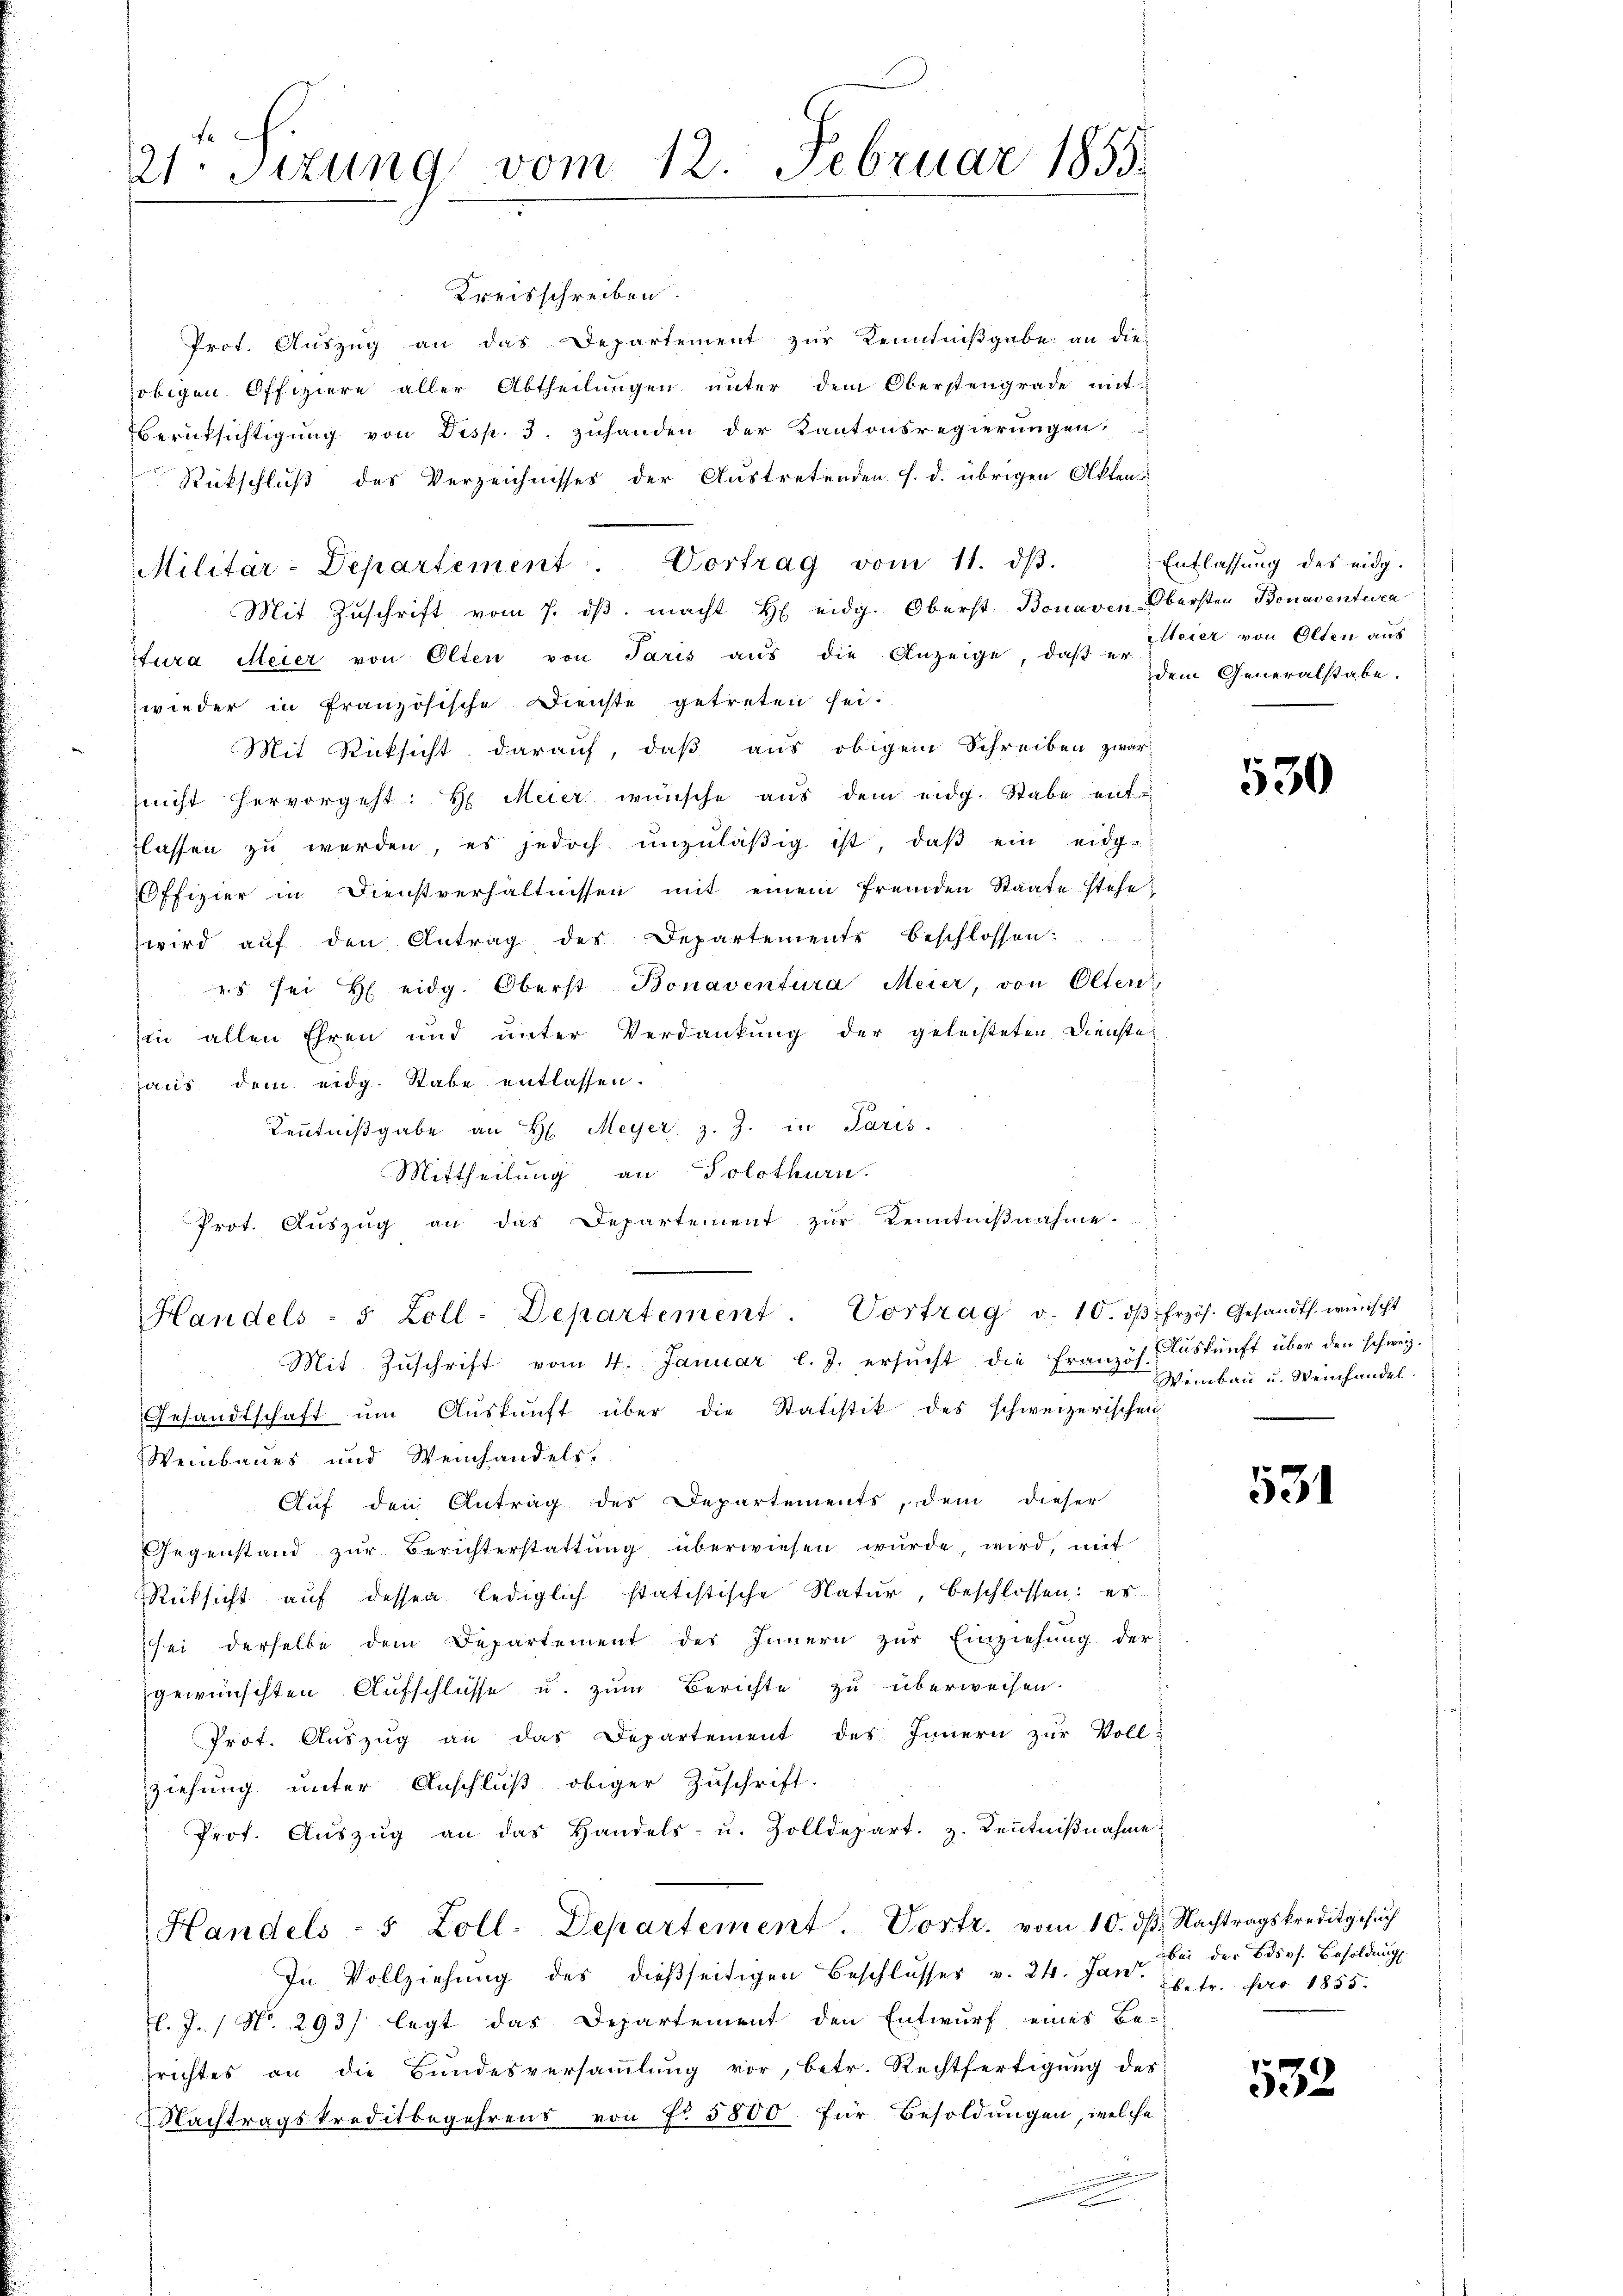
2tr. Sizung vom 12. Februar 1855.

Kreisschreiben.
Prot. Auszug an das Departement zur Kenntnißgabe an die-
obigen Offiziere aller Abtheilungen unter dem Oberstengrade mit
Berüksichtigung von Disp. 3. zuhanden der Kantonsregierungen.
Rückschluß des Verzeichnisses der Austretenden s. d. übrigen Akten
Mit Zŭschrift vom 7. dβ macht H eidg. Oberst Bonaven Obersten Bonaventura
Itura Meier von Olten von Paris aus die Anzeige, daß er dem Generalstabe.
wieder in französische Dienste getreten sei.
Mit Rücksicht darauf, daß aus obigem Schreiben zwar
nicht hervorgeht: H. Meier wünsche aus dem eidg. Stabe entlassen zŭ werden, es jedoch ŭnzŭläβig ist, daβ ein eidg-
Offizier in Dienstverhältnissen mit einem fremden Staate stehe,
wird aŭf den Antrag des Departements beschlossen:
es sei H eidg. Oberst-Bonaventura Meier, von Oltere
in allen Ehren und unter Verdankung der geleisteten Dienste-
haus dem eidg. Rabe entlassen.
Kenntniβgabe an H. Meyer z. Z. in Paris.
Mittheilung an Solothurn.
Prot. Auszug an das Departement zur Kenntnißnahme.
Handels- 5 Zoll-Departement. Vortrag v. 10. dβ frzös. Gesandts wünscht
Mit Zŭschrift vom 4. Januar l. J. ersŭcht die Französ. Aŭskŭnft über den schweiz.
Gesandtschaft ŭm Aŭskŭnft über die Statistik des schweizerischen
Weinbaues und Weinhandels.
Auf den Antrag des Departements, dem dieser
Gegenstand zŭr Berichterstattŭng überwiesen würde, wird, mit
Rüksicht auf dessen lediglich statistische Natur, beschlossen: es
sei derselbe dem Departement des Innern zur Einziehung der
gewünschten Aufschlüsse u. zum Berichte zu überweisen.
Prot. Auszug an das Departement des Innern zur Vollziehung unter Anschluß obiger Zuschrift.
Prof. Aŭszŭg an das Handels- u. Zolldepart. z. Keṅtniβnahme
Handels - 5 Zoll-Departement. Vortr. vom 10. dβ. Nachtragskreditgesuch
In Vollziehung des dießseitigen Beschlŭsses v. 24. Jan. betr. pro 1855.
El. J. / No. 293/ legt das Departement den Entwurf eines Be-
srichtes an die Bundesversammlung vor, betr. Rechtfertigung des
Nachtragskreditbegehrens von fr 5800 für Besoldungen, welche

Militär-Departement. Vortrag vom 11. dβ. Entlassŭng des eidg.

Meier von Olten aus

530

Weinbau u. Weinhandel.

531

bei der Bdsvf. Besoldung.

532